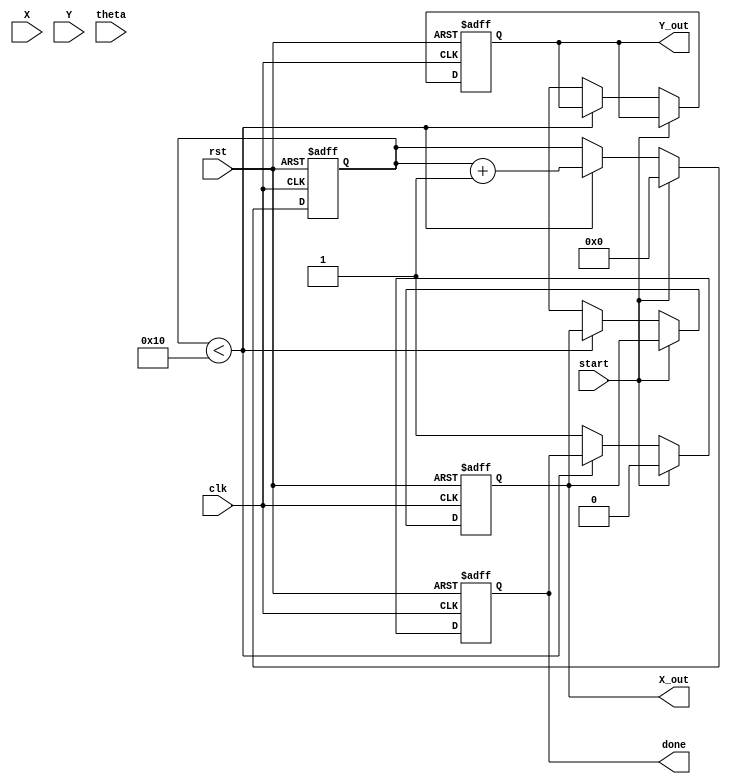
module cordic (
    input wire clk,
    input wire rst,
    input wire start,
    input wire signed [15:0] X,      // Input X coordinate
    input wire signed [15:0] Y,      // Input Y coordinate
    input wire signed [15:0] theta,   // Input angle
    output reg signed [15:0] X_out,   // Output X coordinate
    output reg signed [15:0] Y_out,   // Output Y coordinate
    output reg done                   // Operation done signal
);

    parameter N = 16; // Number of iterations
    reg signed [15:0] X_reg [0:N-1]; // X registers
    reg signed [15:0] Y_reg [0:N-1]; // Y registers
    reg signed [15:0] theta_reg [0:N-1]; // Theta registers
    reg [3:0] iteration; // Current iteration
    reg [15:0] atan_table [0:N-1]; // Precomputed atan(2^-i)

    // Initialize atan_table with fixed-point values of atan(2^-i)
    initial begin
        atan_table[0] = 16'h2000; // atan(1) = pi/4 in fixed-point
        atan_table[1] = 16'h1000; // atan(1/2)
        atan_table[2] = 16'h0800; // atan(1/4)
        atan_table[3] = 16'h0400; // atan(1/8)
        atan_table[4] = 16'h0200; // atan(1/16)
        atan_table[5] = 16'h0100; // atan(1/32)
        atan_table[6] = 16'h0080; // atan(1/64)
        atan_table[7] = 16'h0040; // atan(1/128)
        atan_table[8] = 16'h0020; // atan(1/256)
        atan_table[9] = 16'h0010; // atan(1/512)
        atan_table[10] = 16'h0008; // atan(1/1024)
        atan_table[11] = 16'h0004; // atan(1/2048)
        atan_table[12] = 16'h0002; // atan(1/4096)
        atan_table[13] = 16'h0001; // atan(1/8192)
        atan_table[14] = 16'h0001; // atan(1/16384)
        atan_table[15] = 16'h0000; // atan(1/32768)
    end

    always @(posedge clk or posedge rst) begin
        if (rst) begin
            X_out <= 0;
            Y_out <= 0;
            done <= 0;
            iteration <= 0;
        end else if (start) begin
            // Initialize registers
            X_reg[0] <= X;
            Y_reg[0] <= Y;
            theta_reg[0] <= theta;
            iteration <= 0;
            done <= 0;
        end else if (iteration < N) begin
            // Perform CORDIC iteration
            if (theta_reg[iteration] < 0) begin
                // Counter-clockwise rotation
                X_reg[iteration + 1] <= X_reg[iteration] + (Y_reg[iteration] >>> iteration);
                Y_reg[iteration + 1] <= Y_reg[iteration] - (X_reg[iteration] >>> iteration);
                theta_reg[iteration + 1] <= theta_reg[iteration] + atan_table[iteration];
            end else begin
                // Clockwise rotation
                X_reg[iteration + 1] <= X_reg[iteration] - (Y_reg[iteration] >>> iteration);
                Y_reg[iteration + 1] <= Y_reg[iteration] + (X_reg[iteration] >>> iteration);
                theta_reg[iteration + 1] <= theta_reg[iteration] - atan_table[iteration];
            end
            iteration <= iteration + 1;
        end else begin
            // Final output
            X_out <= X_reg[N];
            Y_out <= Y_reg[N];
            done <= 1;
        end
    end

endmodule